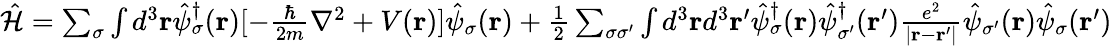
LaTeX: \begin{array}{r}{\hat{\mathcal{H}}=\sum_{\sigma}\int d^{3}\textbf{r}\hat{\psi}_{\sigma}^{\dagger}(\textbf{r})[-\frac{\hbar}{2m}\nabla^{2}+V(\textbf{r})]\hat{\psi}_{\sigma}(\textbf{r})+\frac{1}{2}\sum_{\sigma{\sigma}^{\prime}}\int d^{3}\textbf{r}d^{3}{\textbf{r}}^{\prime}\hat{\psi}_{\sigma}^{\dagger}(\textbf{r})\hat{\psi}_{{\sigma}^{\prime}}^{\dagger}({\textbf{r}}^{\prime})\frac{e^{2}}{|\textbf{r}-{\textbf{r}}^{\prime}|}\hat{\psi}_{{\sigma}^{\prime}}(\textbf{r})\hat{\psi}_{{\sigma}}({\textbf{r}}^{\prime})}\end{array}